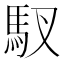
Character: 𫘅